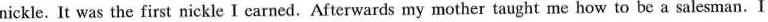
nickle. It was the first nickle I earned.Afterwards my mother taught me how to be a salesman.I